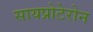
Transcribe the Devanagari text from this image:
सायप्रोटेरोन